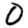
Digit: 0